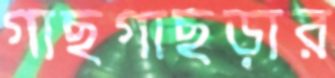
গাছগাছড়ার